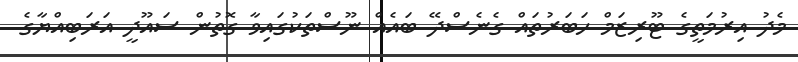
މެދު އިރުމަތީގެ ޓޫރިޒަމް ހަބަރުތައް ގެނެސްދޭ ބައެއް ނޫސްތަކުގައިވާ ގޮތުން ސައޫދީ އަރަބިއްޔާގެ